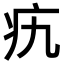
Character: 𤴦